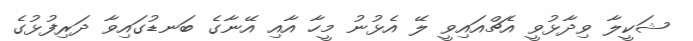
ޝަކީލާ ވިދާޅުވީ އެޗްއައިވީ ލޭ އެޅުނު މީހާ އާއި އޭނާގެ ބަނޑުގައިވާ ދަރިފުޅުގެ